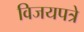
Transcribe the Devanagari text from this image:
विजयपत्रे